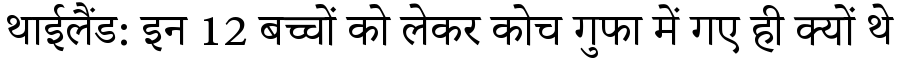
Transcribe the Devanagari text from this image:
थाईलैंड: इन 12 बच्चों को लेकर कोच गुफा में गए ही क्यों थे